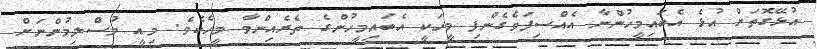
އުޅޭގޮތަށް އުޅެ އެބައިމީހުންނާ އެއްސިފަވެގެންފި މީހަކީ އެބައިމީހުންގެ ތެރެއިންވާ މީހެކެވެ. މިއީ މުސްލިމުންނަށް